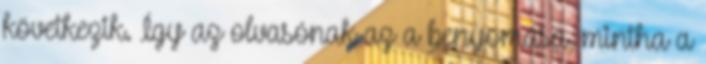
következik. Így az olvasónak az a benyomása, mintha a